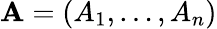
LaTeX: \mathbf{A}=\left(A_{1},\ldots,A_{n}\right)